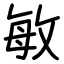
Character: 敏